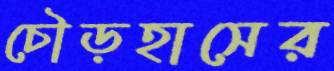
চৌড়হাসের